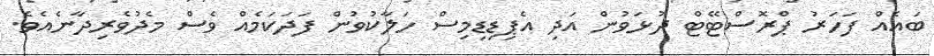
ބައެއް ފަހަރު ޕްރޮސްޓޭޓް ދުޅަވުން އަދި އެޕިޑިޑިމިސް ހަލާކުވުން ފަދަކަމެއް ވެސް މެދުވެރިދާނެއެވެ.